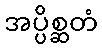
အပ္ပိစ္ဆတံ